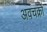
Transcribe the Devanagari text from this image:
अवचक्रों